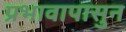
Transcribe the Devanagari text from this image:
प्रभावापासुन